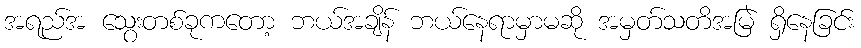
အရည်အ သွေးတစ်ခုကတော့ ဘယ်အချိန် ဘယ်နေရာမှာမဆို အမှတ်သတိအမြဲ ရှိနေခြင်း